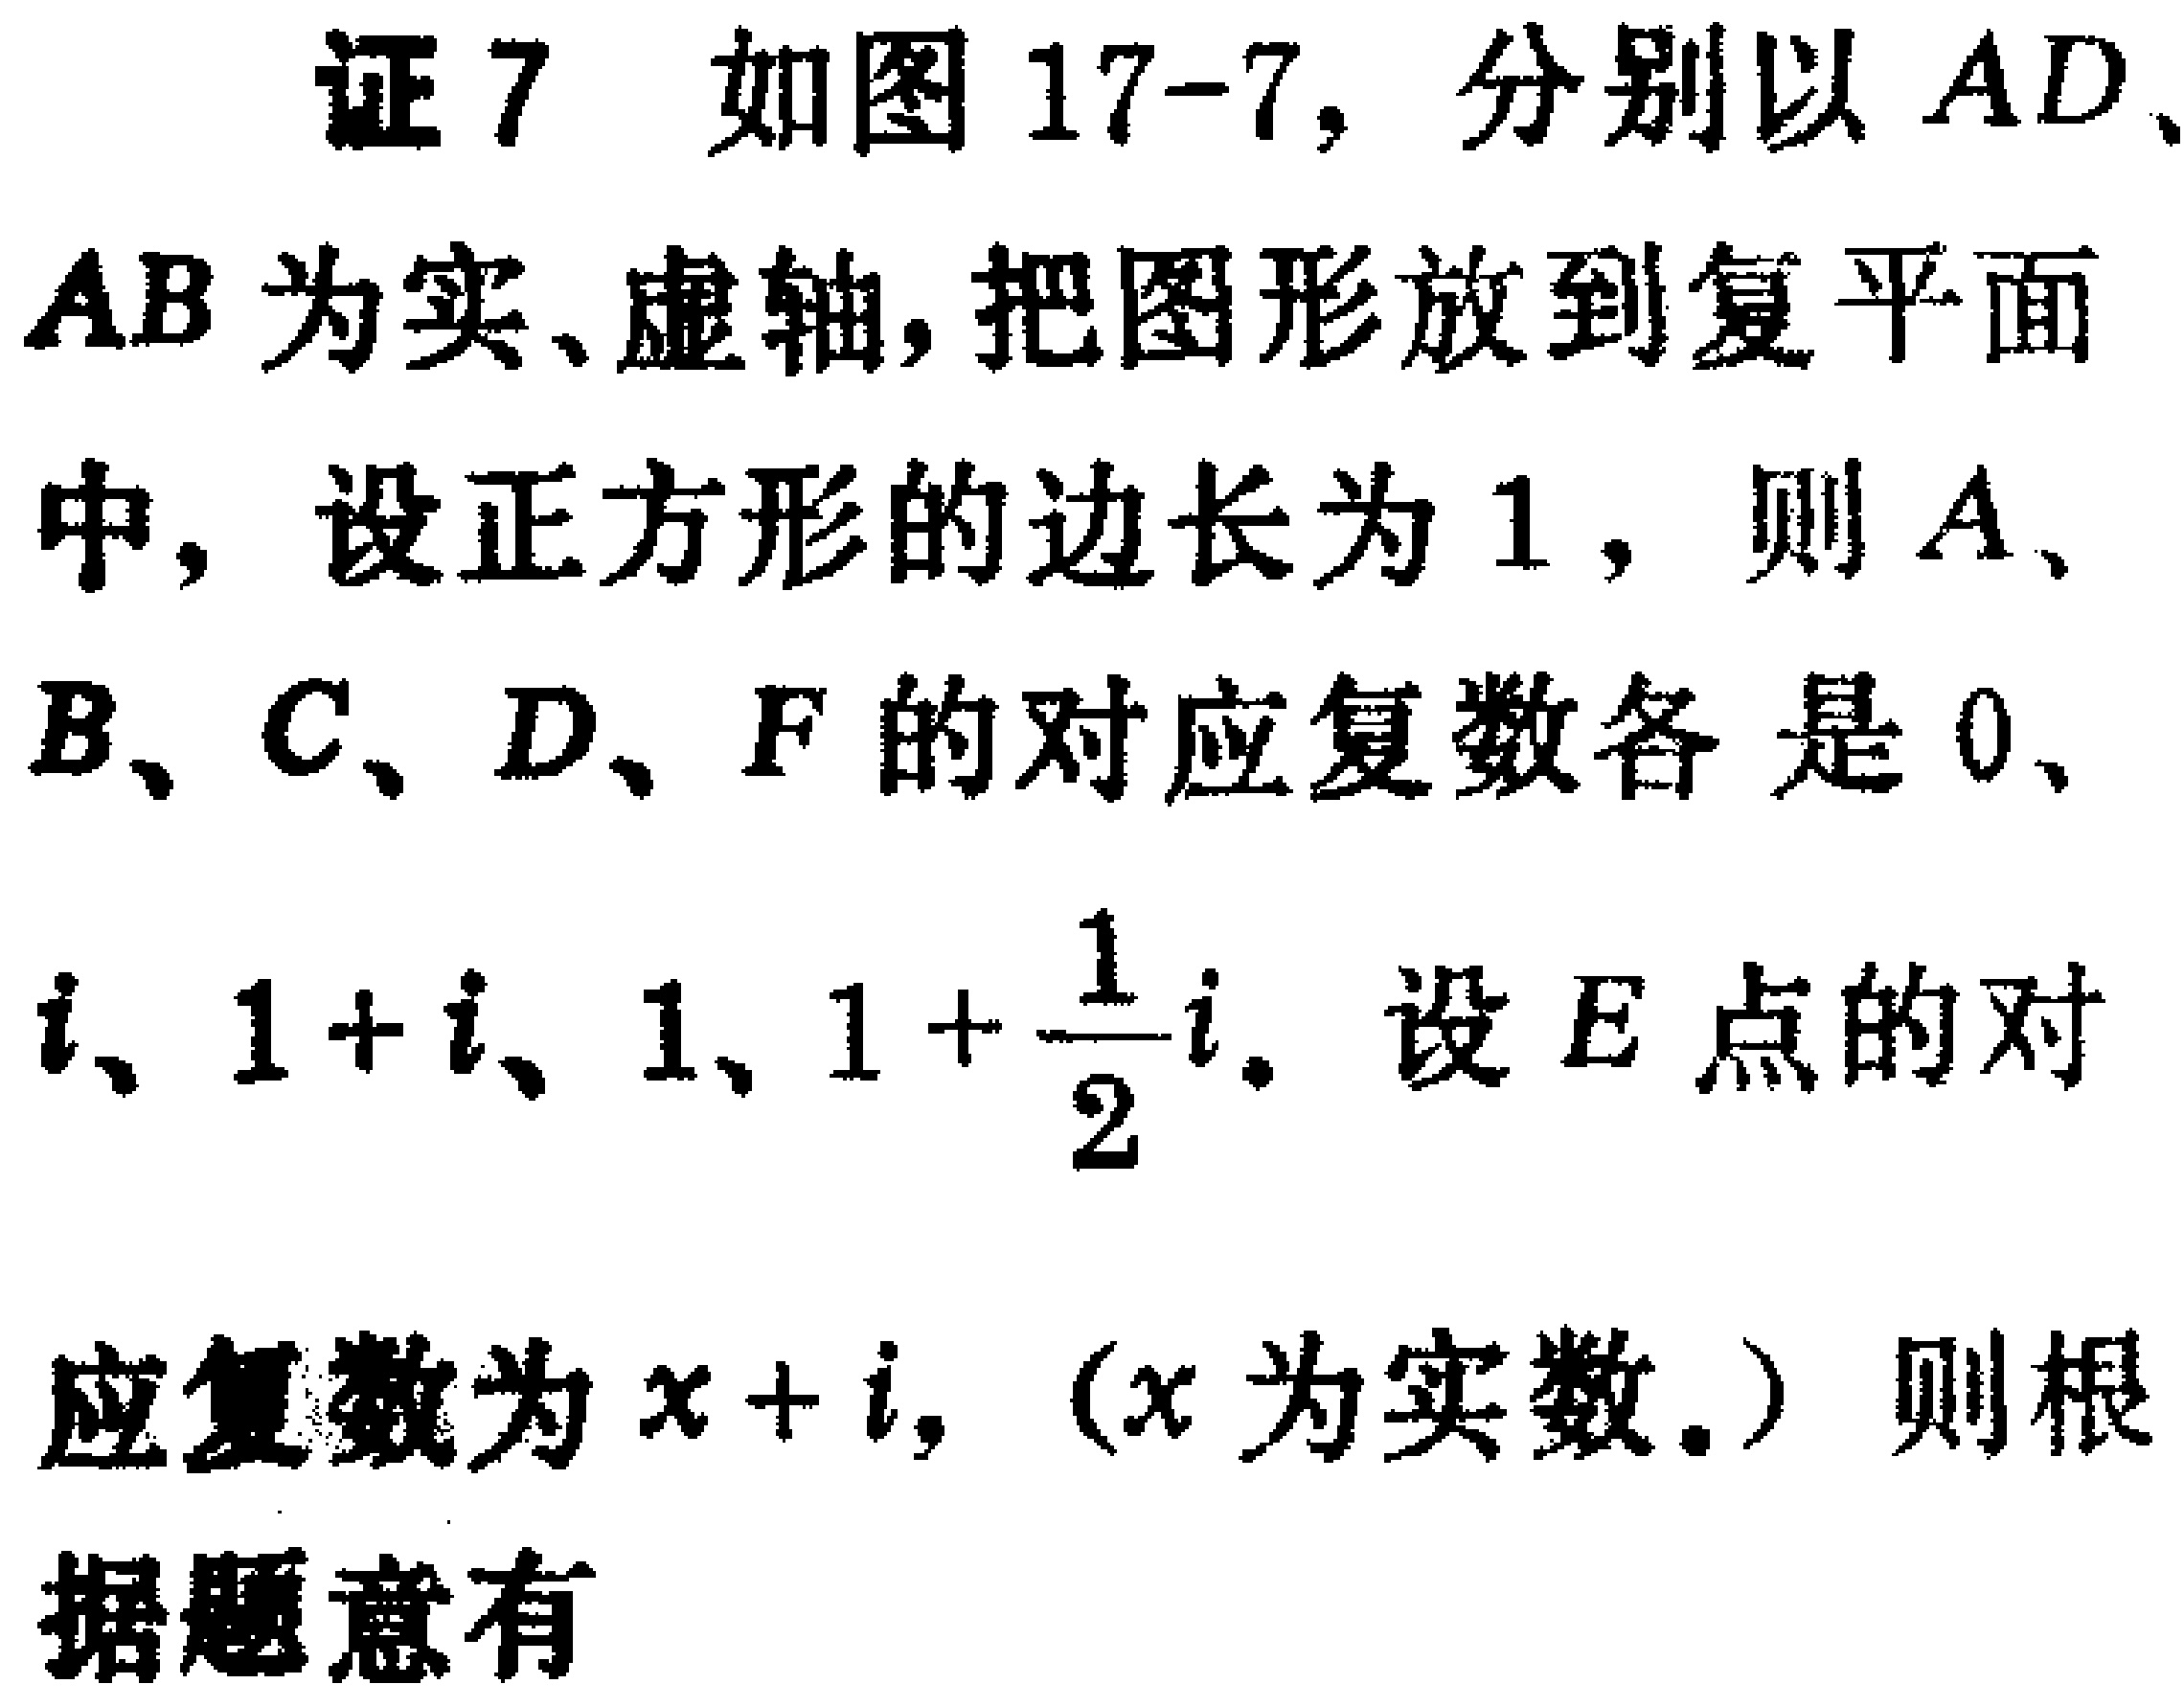
证7 如图17-7，分别以$AD$、$AB$为实、虚轴，把图形放到复平面中，设正方形的边长为$1$，则$A$、$B$、$C$、$D$、$F$的对应复数各是$0$、$i$、$1 + i$、$1$、$1+\frac{1}{2}i$。设$E$点的对应复数为$x + i$，（$x$为实数.）则根据题意有